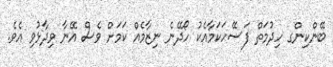
ބޭންކިންގ ހިދުމަތް ފަސޭހަކަމާއެކު ހޯދޭނެ ނިޒާމެއް ކަމަށް ވެސް އޭނާ ވިދާޅުވި އެވެ.